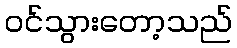
ဝင်သွားတော့သည်